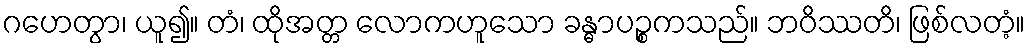
ဂဟေတွာ၊ ယူ၍။ တံ၊ ထိုအတ္တ လောကဟူသော ခန္ဓာပဉ္စကသည်။ ဘဝိဿတိ၊ ဖြစ်လတံ့။